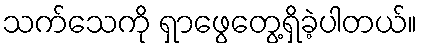
သက်သေကို ရှာဖွေတွေ့ရှိခဲ့ပါတယ်။